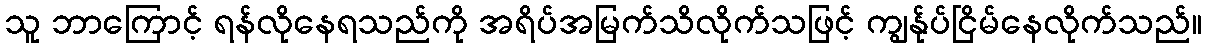
သူ ဘာကြောင့် ရန်လိုနေရသည်ကို အရိပ်အမြက်သိလိုက်သဖြင့် ကျွန်ုပ်ငြိမ်နေလိုက်သည်။